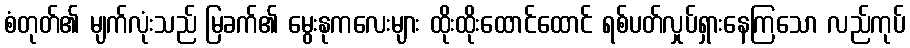
စံတုတ်၏ မျက်လုံးသည် မြခက်၏ မွေးနုကလေးများ ထိုးထိုးထောင်ထောင် ရစ်ပတ်လှုပ်ရှားနေကြသော လည်ကုပ်